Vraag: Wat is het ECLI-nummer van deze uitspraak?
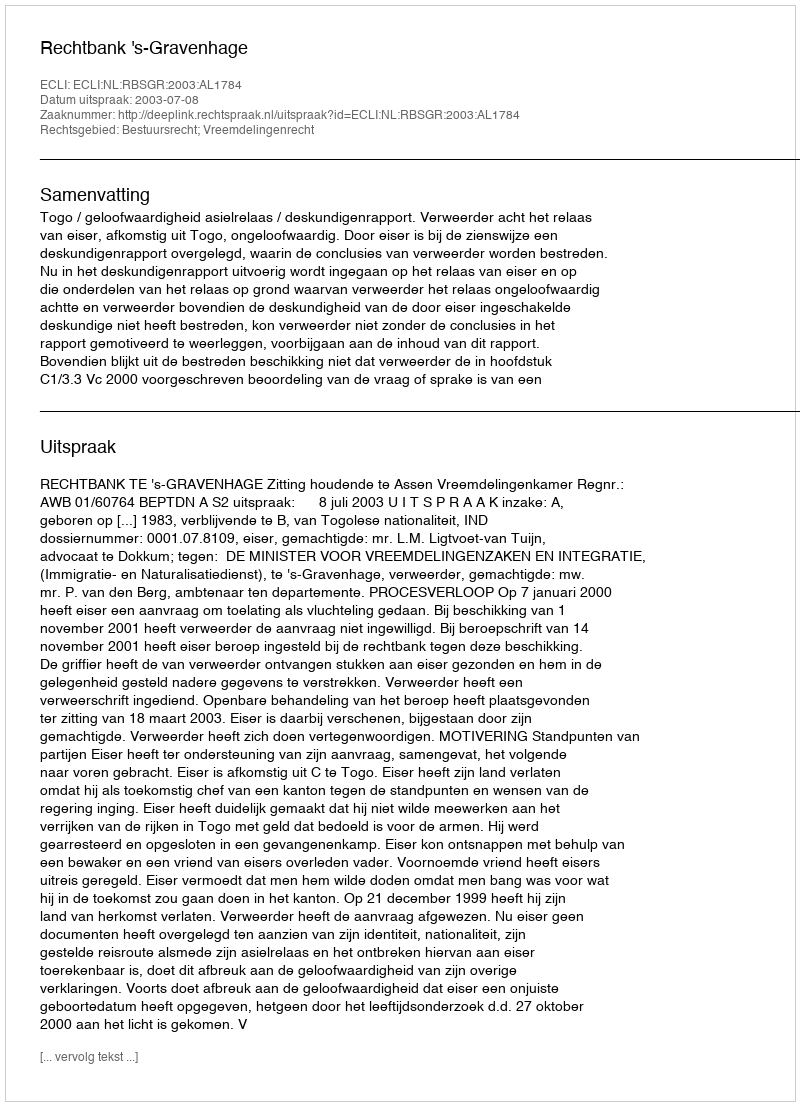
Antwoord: ECLI:NL:RBSGR:2003:AL1784